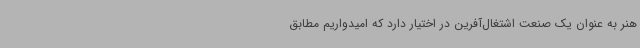
هنر به عنوان یک صنعت اشتغال‌آفرین در اختیار دارد که امیدواریم مطابق